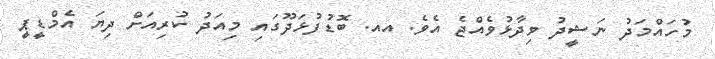
މުހައްމަދު ނަޝީދު ވިދާޅުވެއްޖެ އެވެ. އއ. ބޮޑުފުޅަދޫގައި މިއަދު ކުރިއަށް ދިޔަ އެމްޑީޕީ